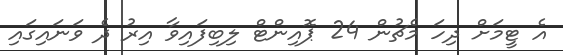
އެ ޓީމަށް ދިހަ މެޗުން 24 ޕޮއިންޓް ލިބިފައިވާ އިރު ދެ ވަނައިގައި